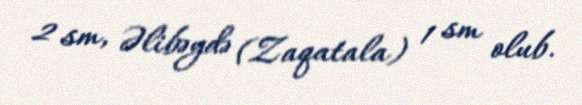
2 sm, Əlibəydə (Zaqatala) 1 sm olub.